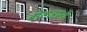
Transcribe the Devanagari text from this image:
बोल्जानो